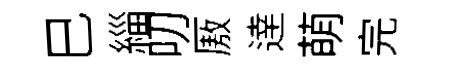
巳緇叨厫逹萌完